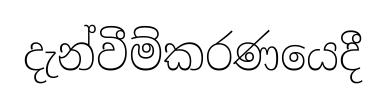
දැන්වීම්කරණයෙදී